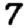
Digit: 7